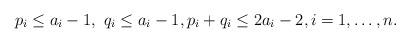
LaTeX: \begin{align*} p_i\leq a_i-1, \ q_i\leq a_i-1, p_i+q_i\leq 2a_i-2, i=1,\ldots,n.\end{align*}